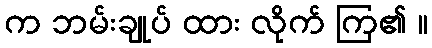
က ဘမ်းချုပ် ထား လိုက် ကြ၏ ။